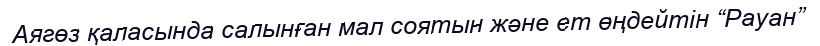
Аягөз қаласында салынған мал соятын және ет өңдейтін “Рауан”